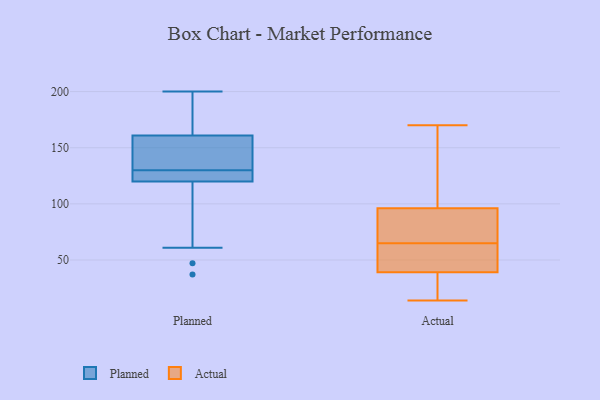
{"axis": {"x": "Net Income (USD K)", "y": "Value"}, "legend": ["Actual", "Planned"], "data": [{"x": "", "y": 144, "type": "Planned"}, {"x": "", "y": 130, "type": "Planned"}, {"x": "", "y": 198, "type": "Planned"}, {"x": "", "y": 130, "type": "Planned"}, {"x": "", "y": 120, "type": "Planned"}, {"x": "", "y": 123, "type": "Planned"}, {"x": "", "y": 61, "type": "Planned"}, {"x": "", "y": 47, "type": "Planned"}, {"x": "", "y": 147, "type": "Planned"}, {"x": "", "y": 161, "type": "Planned"}, {"x": "", "y": 128, "type": "Planned"}, {"x": "", "y": 200, "type": "Planned"}, {"x": "", "y": 162, "type": "Planned"}, {"x": "", "y": 122, "type": "Planned"}, {"x": "", "y": 37, "type": "Planned"}, {"x": "", "y": 100, "type": "Planned"}, {"x": "", "y": 135, "type": "Planned"}, {"x": "", "y": 174, "type": "Planned"}, {"x": "", "y": 58, "type": "Actual"}, {"x": "", "y": 32, "type": "Actual"}, {"x": "", "y": 170, "type": "Actual"}, {"x": "", "y": 32, "type": "Actual"}, {"x": "", "y": 37, "type": "Actual"}, {"x": "", "y": 77, "type": "Actual"}, {"x": "", "y": 88, "type": "Actual"}, {"x": "", "y": 110, "type": "Actual"}, {"x": "", "y": 48, "type": "Actual"}, {"x": "", "y": 41, "type": "Actual"}, {"x": "", "y": 88, "type": "Actual"}, {"x": "", "y": 14, "type": "Actual"}, {"x": "", "y": 65, "type": "Actual"}, {"x": "", "y": 159, "type": "Actual"}, {"x": "", "y": 65, "type": "Actual"}, {"x": "", "y": 104, "type": "Actual"}]}